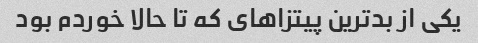
یکی از بدترین پیتزا‌های که تا حالا خوردم بود